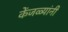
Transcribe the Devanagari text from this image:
केंजळ्यांनी